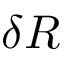
\delta R